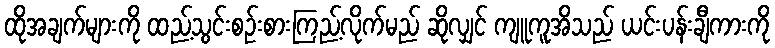
ထိုအချက်များကို ထည့်သွင်းစဉ်းစားကြည့်လိုက်မည် ဆိုလျှင် ကျူကူအိသည် ယင်းပန်းချီကားကို